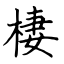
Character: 棲